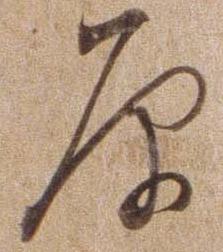
原